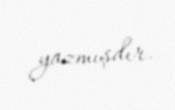
yazmışdır.